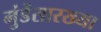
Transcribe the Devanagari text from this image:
मुंडेंसारख्या